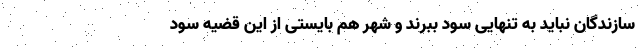
سازندگان نباید به تنهایی سود ببرند و شهر هم بایستی از این قضیه سود